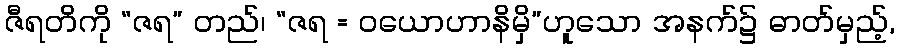
ဇီရတိကို “ဇရ” တည်၊ “ဇရ = ဝယောဟာနိမှိ”ဟူသော အနက်၌ ဓာတ်မှည့်,